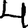
Digit: 4